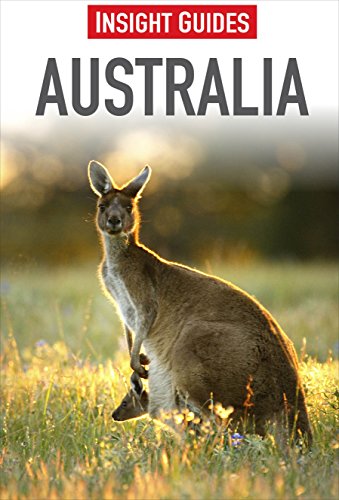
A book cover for Australia (Insight Guides); Ute Junker; Travel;